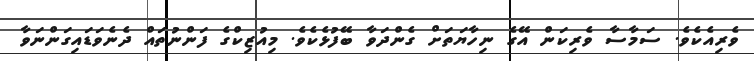
ވެރިއެކެވެ. ސަމާސާ ވެރިކަން އޭގެ ނިހާޔަތަށް ގެންދަވާ ބޭފުޅެކެވެ. މިއުޒިކްގެ ފަންނުތައް ދެނެވަޑައިގަންނަވާ